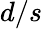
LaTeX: d/s